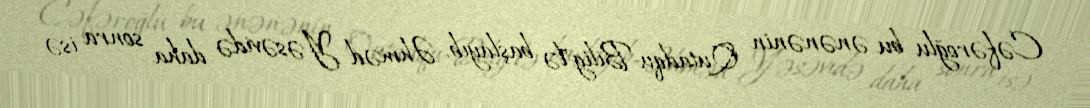
Cəfəroğlu bu ənənənin "Qutadqu-Bilig"lə başlayıb, Əhməd Yəsəvidə daha sonra isə